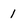
Character: 1